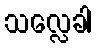
သလ္လေခါ